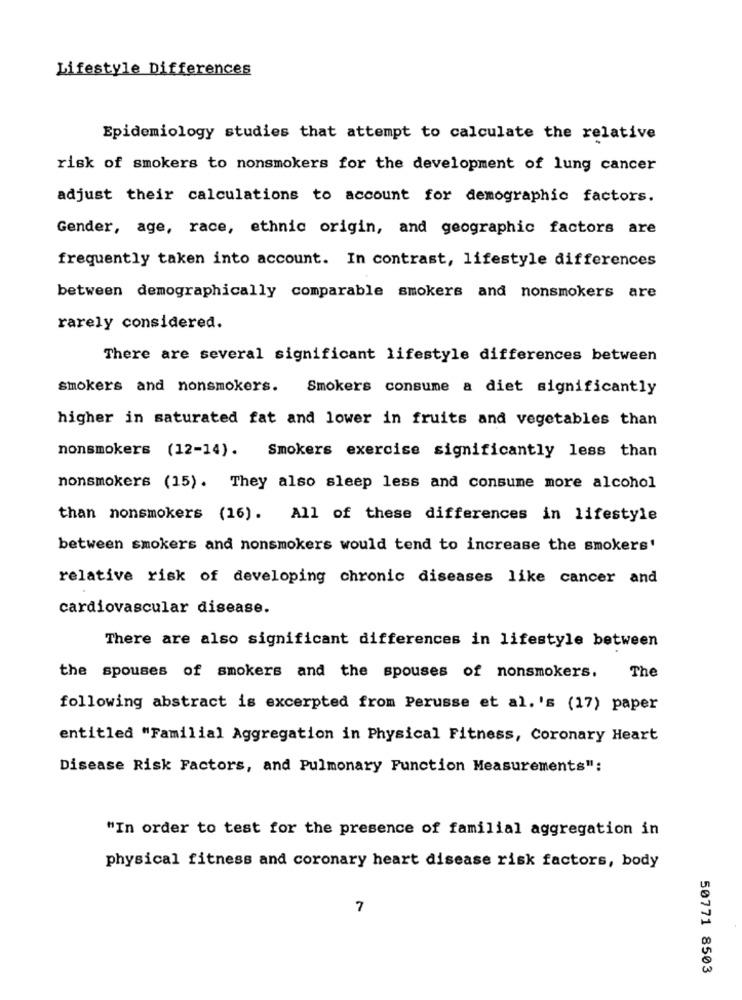
Lifestyle Differences
Epidemiology studies that attempt to calculate the relative
risk of smokers to nonsmokers for the development of lung cancer
adjust their calculations to account for demographic factors.
Gender, age, race, ethnic origin, and geographic factors are
frequently taken into account. In contrast, lifestyle differences
between demographically comparable smokers and nonsmokers are
rarely considered.
There are several significant lifestyle differences between
smokers and nonsmokers. Smokers consume a diet significantly
higher in saturated fat and lower in fruits and vegetables than
nonsmokers (12-14). Smokers exercise significantly less than
nonsmokers (15). They also sleep less and consume more alcohol
than nonsmokers (16). All of these differences in lifestyle
between smokers and nonsmokers would tend to increase the smokers'
relative risk of developing chronic diseases like cancer and
cardiovascular disease.
There are also significant differences in lifestyle between
the spouses of smokers and the spouses of nonsmokers.
The
following abstract is excerpted from Perusse et al.'s (17) paper
entitled "Familial Aggregation in Physical Fitness, Coronary Heart
Disease Risk Factors, and Pulmonary Function Measurements":
"In order to test for the presence of familial aggregation in
physical fitness and coronary heart disease risk factors, body
7
50771 8503